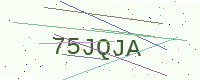
Text: 75JQJA